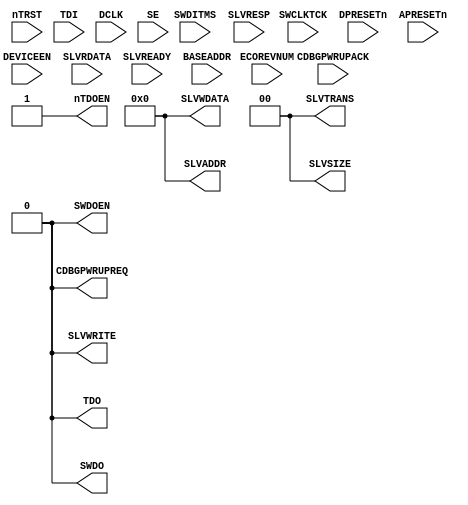
//-----------------------------------------------------------------------------
// The confidential and proprietary information contained in this file may
// only be used by a person authorised under and to the extent permitted
// by a subsisting licensing agreement from ARM Limited.
//
//            (C) COPYRIGHT 2015 ARM Limited or its affiliates.
//                ALL RIGHTS RESERVED
//
// This entire notice must be reproduced on all copies of this file
// and copies of this file may only be made by a person if such person is
// permitted to do so under the terms of a subsisting license agreement
// from ARM Limited.
//
//      SVN Information
//
//      Checked In          : $Date: 2009-03-19 14:11:42 +0000 (Thu, 19 Mar 2009) $
//
//      Revision            : $Revision: 104573 $
//
//      Release Information : Cortex-M0 DesignStart-r1p0-00rel0
//-----------------------------------------------------------------------------

module CORTEXM0DAP
  ( //DP Signals
    SWCLKTCK, DPRESETn, nTRST,
    TDI, TDO, nTDOEN, SWDITMS, SWDO, SWDOEN,
    CDBGPWRUPREQ, CDBGPWRUPACK,
    //AP Signals
    DCLK, APRESETn, DEVICEEN,
    SLVADDR, SLVWDATA, SLVTRANS, SLVWRITE, SLVRDATA, SLVREADY, SLVRESP,
    SLVSIZE, BASEADDR,
    //Configuration Pins
    ECOREVNUM,
    // DFT
    SE
  );

// ----------------------------------------------------------------------------
// Port Definitions
// ----------------------------------------------------------------------------
  //DP I/O
  input         SWCLKTCK;     // SW/JTAG clock
  input         DPRESETn;     // Negative sense power-on reset for DP
  input         nTRST;        // JTAG test logic reset signal
  input         TDI;          // JTAG data in
  output        TDO;          // JTAG data out
  output        nTDOEN;       // JTAG TDO Output Enable
  input         SWDITMS;      // SW data in/JTAG TMS
  output        SWDO;         // SW data out
  output        SWDOEN;       // SW data out enable
  output        CDBGPWRUPREQ; // System Power Up & Reset Request/Acknowledge
  input         CDBGPWRUPACK; //            "                   "

  //AP I/O
  input         DCLK;         // AP clock
  input         APRESETn;     // Negative sense power-on reset for AP
  input         DEVICEEN;     // Debug enabled by system
  output [31:0] SLVADDR;      // Bus address
  output [31:0] SLVWDATA;     // Bus write data
  output  [1:0] SLVTRANS;     // Bus transfer valid
  output        SLVWRITE;     // Bus write/not read
  output  [1:0] SLVSIZE;      // Bus Access Size
  input  [31:0] SLVRDATA;     // Bus read data
  input         SLVREADY;     // Bus Ready from bus
  input         SLVRESP;      // Bus Response from bus
  input  [31:0] BASEADDR;     // AP ROM Table Base Value (to be tied externally)

  //Configuration IO
  input   [7:0] ECOREVNUM;    // Top 4 bits = DP Revision, Bottom 4 = AP Revision

  // DFT
  input         SE;           // Scan enable for DFT
  

  assign        TDO           = 1'b0;
  assign        nTDOEN        = 1'b1;
  assign        SWDO          = 1'b0;
  assign        SWDOEN        = 1'b0;
  assign        CDBGPWRUPREQ  = 1'b0;
  assign        SLVADDR       = 32'h0;
  assign        SLVWDATA      = 32'h0;
  assign        SLVTRANS      = 2'b00;
  assign        SLVWRITE      = 1'b0;
  assign        SLVSIZE       = 2'b00;


endmodule